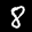
Label: 8